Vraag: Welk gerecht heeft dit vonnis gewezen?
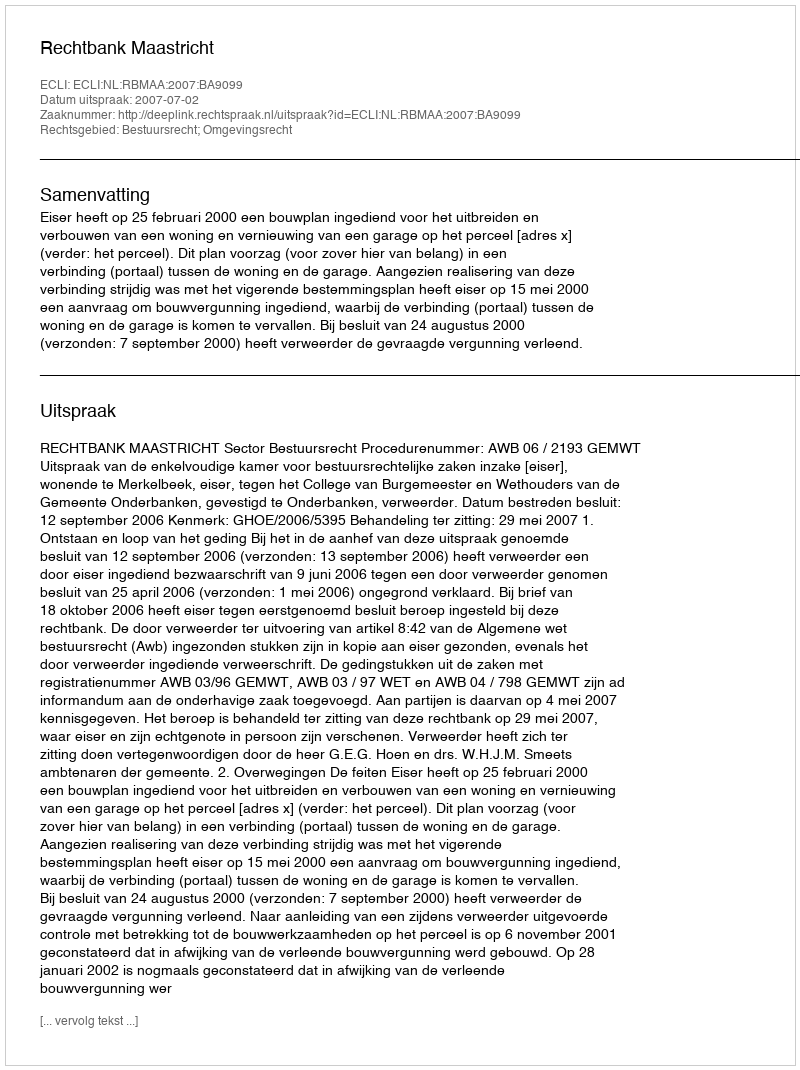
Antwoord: Rechtbank Maastricht